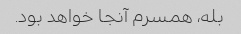
بله، همسرم آنجا خواهد بود.